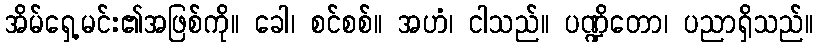
အိမ်ရှေ့မင်း၏အဖြစ်ကို။ ခေါ၊ စင်စစ်။ အဟံ၊ ငါသည်။ ပဏ္ဍိတော၊ ပညာရှိသည်။